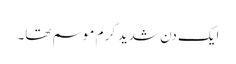
ایک دن شدید گرم موسم تھا۔